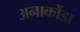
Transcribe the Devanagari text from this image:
अनाकोंडा